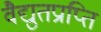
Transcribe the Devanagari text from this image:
वैद्युतप्राप्ति